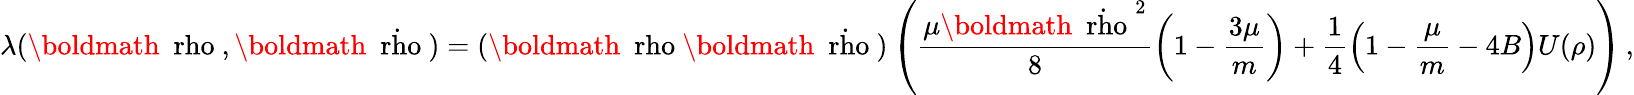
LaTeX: \lambda({\mathrm{\boldmath~\ rho~}},{\mathrm{\boldmath~\dot{\ rho}~}})=({\mathrm{\boldmath~\ rho~}}{\mathrm{\boldmath~\dot{\ rho}~}})\left(\frac{\mu{\mathrm{\boldmath~\dot{\ rho}~}}^{2}}{8}\left(1-\frac{3\mu}{m}\right)+\frac{1}{4}\left(1-\frac{\mu}{m}-4B\right)U(\rho)\right)\, ,